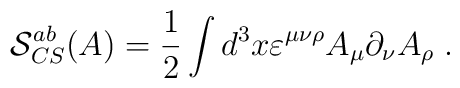
\mathcal{S}_{CS}^{ab}(A)=\frac 12\int d^3x\varepsilon ^{\mu \nu \rho }A_\mu\partial _\nu A_\rho \;.